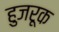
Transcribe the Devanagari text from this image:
हुजरूक